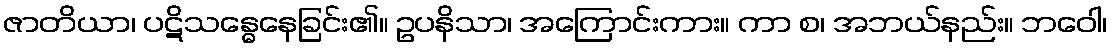
ဇာတိယာ၊ ပဋိသန္ဓေနေခြင်း၏။ ဥပနိသာ၊ အကြောင်းကား။ ကာ စ၊ အဘယ်နည်း။ ဘဝေါ၊